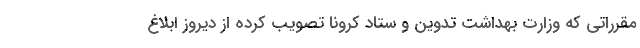
مقرراتی که وزارت بهداشت تدوین و ستاد کرونا تصویب کرده از دیروز ابلاغ